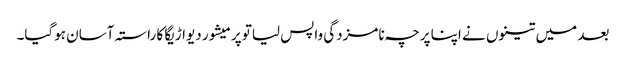
بعد میں تینوں نے اپنا پرچہ نامزدگی واپس لیاتو پرمیشور دیواڑیگا کا راستہ آسان ہوگیا۔